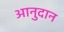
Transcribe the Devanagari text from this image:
आनुदान